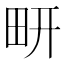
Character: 𰢹